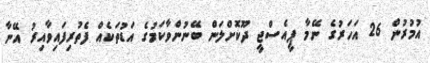
އުމުރުން 26 އަހަރުގެ ނޭމާ ޕީއެސްޖީ ދޫކޮށްލަން ބޭނުންވާކަމުގެ އަޑުތަކެއް ފެތުރިފައިވާއިރު އޭނާ